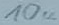
Text: 10u